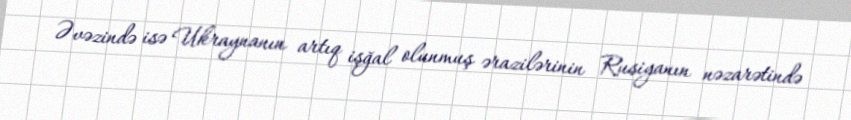
Əvəzində isə Ukraynanın artıq işğal olunmuş ərazilərinin Rusiyanın nəzarətində